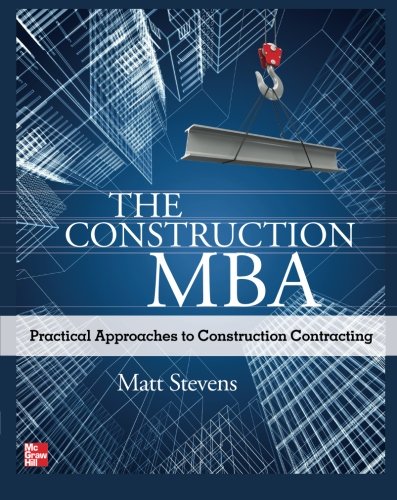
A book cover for The Construction MBA: Practical Approaches to Construction Contracting; Matt Stevens; Arts & Photography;